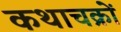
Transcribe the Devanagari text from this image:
कथाचक्रों